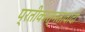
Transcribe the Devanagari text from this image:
प्रतीकात्मतावादी